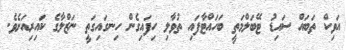
އަވިކް ތަބައް ސައިޑު ޓޭބަލްމަތީ ބަހައްޓާފައި ތުވާލި ހިފައިގެން ހިނގައިގަތީ ނަޒްލާގެ ކައިރިއަށެވެ.